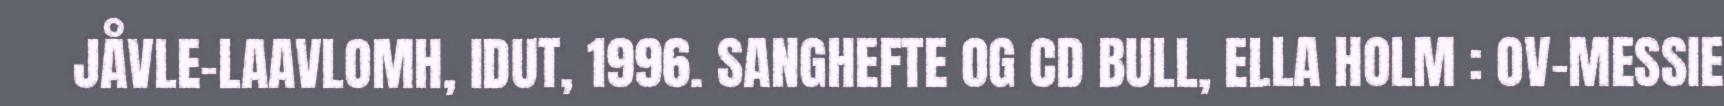
JÅVLE-LAAVLOMH, IDUT, 1996. SANGHEFTE OG CD BULL, ELLA HOLM : OV-MESSIE